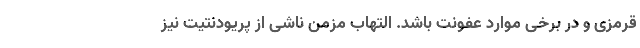
قرمزی و در برخی موارد عفونت باشد. التهاب مزمن ناشی از پریودنتیت نیز